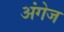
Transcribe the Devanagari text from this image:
अंगेज